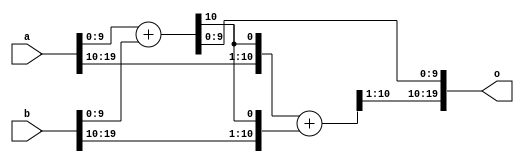
// Copyright 2007 Altera Corporation. All rights reserved.  
// Altera products are protected under numerous U.S. and foreign patents, 
// maskwork rights, copyrights and other intellectual property laws.  
//
// This reference design file, and your use thereof, is subject to and governed
// by the terms and conditions of the applicable Altera Reference Design 
// License Agreement (either as signed by you or found at www.altera.com).  By
// using this reference design file, you indicate your acceptance of such terms
// and conditions between you and Altera Corporation.  In the event that you do
// not agree with such terms and conditions, you may not use the reference 
// design file and please promptly destroy any copies you have made.
//
// This reference design file is being provided on an "as-is" basis and as an 
// accommodation and therefore all warranties, representations or guarantees of 
// any kind (whether express, implied or statutory) including, without 
// limitation, warranties of merchantability, non-infringement, or fitness for
// a particular purpose, are specifically disclaimed.  By making this reference
// design file available, Altera expressly does not recommend, suggest or 
// require that this reference design file be used in combination with any 
// other product not provided by Altera.
/////////////////////////////////////////////////////////////////////////////

// baeckler - 09-01-2006
//
// Example of adder using 2 carry chains, with the carry between them on standard
// routing.  This technique is useful when very long chains are causing placement
// difficulty.  Should use exactly WIDTH+2 cells.

module split_add (a,b,o);

parameter LS_WIDTH = 10;
parameter MS_WIDTH = 10;
parameter WIDTH = LS_WIDTH + MS_WIDTH;

input [WIDTH-1:0] a,b;
output [WIDTH-1:0] o;
wire [WIDTH-1:0] o;

// Build the less significant adder with an extra bit on the top to get
// the carry chain onto the normal routing.  The keep pragma prevents
// synthesis from undoing the split.

wire [LS_WIDTH-1+1:0] ls_adder;
wire cross_carry = ls_adder[LS_WIDTH] /* synthesis keep */;
assign ls_adder = {1'b0,a[LS_WIDTH-1:0]} + {1'b0,b[LS_WIDTH-1:0]};

// Build the more significant adder with an extra low bit to incorporate
// the carry from the split lower chain.

wire [MS_WIDTH-1+1:0] ms_adder;
assign ms_adder = {a[WIDTH-1:WIDTH-MS_WIDTH],cross_carry} + 
		{b[WIDTH-1:WIDTH-MS_WIDTH],cross_carry};

// collect the sum back together, drop the two internal bits
assign o = {ms_adder[MS_WIDTH:1],ls_adder[LS_WIDTH-1:0]};

endmodule

/////////////////////////////////

module split_add_tb ();
    parameter LS_WIDTH = 15;
    parameter MS_WIDTH = 20;
    parameter WIDTH = LS_WIDTH + MS_WIDTH;

    reg [WIDTH-1:0] a,b;
    wire [WIDTH-1:0] oa,ob;

    assign ob = a + b; // functional model
    split_add s (.a(a),.b(b),.o(oa));
        defparam s .LS_WIDTH = LS_WIDTH;
        defparam s .MS_WIDTH = MS_WIDTH;

    always begin
        #100 
		a = {$random,$random};
		b = {$random,$random}; 
		#10 if (oa !== ob) begin
           $display ("Mismatch at time %d",$time);
           $stop();
        end
    end

    initial begin
        #1000000 $display ("PASS");
        $stop();
    end
endmodule